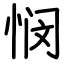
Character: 悯